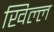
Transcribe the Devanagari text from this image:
खिल्ल